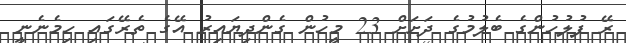
ރޭ ފުލުހުންގެ ބެލުމުގެ ދަށަށް 23 މީހުން ގެންދިޔައިރު އޭގެ ތެރޭގައި ހިމެނެނީ